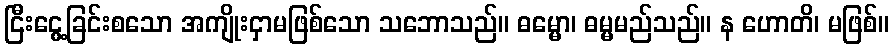
ငြီးငွေ့ခြင်းစသော အကျိုးငှာမဖြစ်သော သဘောသည်။ ဓမ္မော၊ ဓမ္မမည်သည်။ န ဟောတိ၊ မဖြစ်။